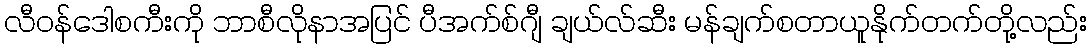
လီဝန်ဒေါစကီးကို ဘာစီလိုနာအပြင် ပီအက်စ်ဂျီ ချယ်လ်ဆီး မန်ချက်စတာယူနိုက်တက်တို့လည်း